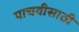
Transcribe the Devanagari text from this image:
पाचवीसाठी